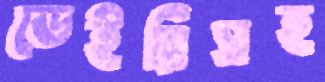
ডেইরিসহ